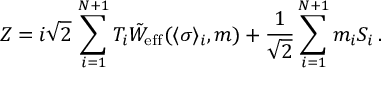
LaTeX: Z = i \sqrt { 2 } \, \sum _ { i = 1 } ^ { N + 1 } T _ { i } \tilde { W } _ { \mathrm { e f f } } ( \langle \sigma \rangle _ { i } , m ) + { \frac { 1 } { \sqrt { 2 } } } \sum _ { i = 1 } ^ { N + 1 } m _ { i } S _ { i } \, .